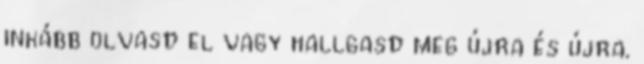
inkább olvasd el vagy hallgasd meg újra és újra.